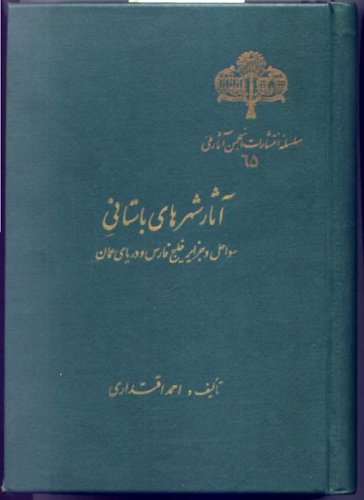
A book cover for Monuments and Historical Places in the Persian Gulf (in Farsi Language) (Volume 1); Ahmad Eqtedari; History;